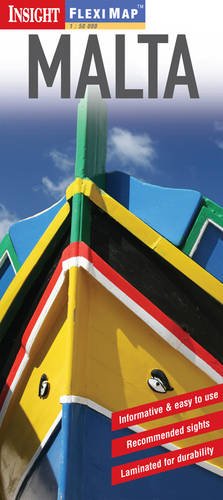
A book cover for Insight Flexi Map: Malta (Insight Flexi Maps); Travel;